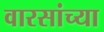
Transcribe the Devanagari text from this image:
वारसांच्या